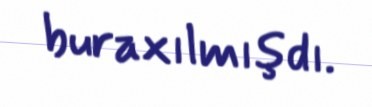
buraxılmışdı.